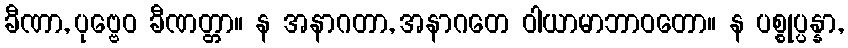
ခီဏာ, ပုဗ္ဗေဝ ခီဏတ္တာ။ န အနာဂတာ, အနာဂတေ ဝါယာမာဘာဝတော။ န ပစ္စုပ္ပန္နာ,